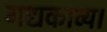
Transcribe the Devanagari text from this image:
गद्यकाव्य।